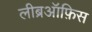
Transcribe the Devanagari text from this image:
लीब्रऑफ़िस